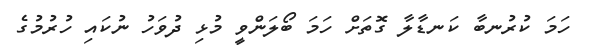
ހަމަ ކުރުނބާ ކަނޑާލާ ގޮތަށް ހަމަ ބޯލަންވީ މުޅި ދުވަހު ނުކައި ހުރުމުގެ